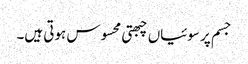
جسم پر سوئیاں چبھتی محسوس ہوتی ہیں۔